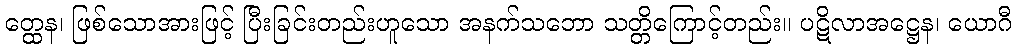
တ္ထေန၊ ဖြစ်သောအားဖြင့် ပြီးခြင်းတည်းဟူသော အနက်သဘော သတ္တိကြောင့်တည်း။ ပဋိလာအဋ္ဌေန၊ ယောဂီ